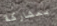
بمشاركة